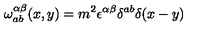
\omega _ { a b } ^ { \alpha \beta } ( x , y ) = m ^ { 2 } \epsilon ^ { \alpha \beta } \delta ^ { a b } \delta ( x - y )